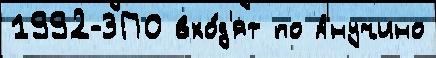
1992-ЗПО вхо́д'ят по Анучино